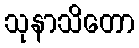
သုနာသိတော